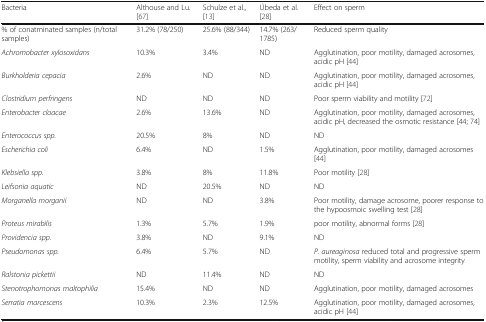
| Bacteria | Althouse and Lu. [67] | Schulze et al., [13] | Úbeda et al. [28] | Effect on sperm |
 | --- | --- | --- | --- | --- |
 | % of conatminated samples (n/total samples) | 31.2% (78/250) | 25.6% (88/344) | 14.7% (263/1785) | Reduced sperm quality |
 | Achromobacter xylosoxidans | 10.3% | 3.4% | ND | Agglutination, poor motility, damaged acrosomes, acidic pH [44] |
 | Burkholderia cepacia | 2.6% | ND | ND | Agglutination, poor motility, damaged acrosomes, acidic pH [44] |
 | Clostridium perfringens | ND | ND | ND | Poor sperm viability and motility [72] |
 | Enterobacter cloacae | 2.6% | 13.6% | ND | Agglutination, poor motility, damaged acrosomes, acidic pH, decreased the osmotic resistance [44; 74] |
 | Enterococcus spp. | 20.5% | 8% | ND | ND |
 | Escherichia coli | 6.4% | ND | 1.5% | Agglutination, poor motility, damaged acrosomes [44] |
 | Klebsiella spp. | 3.8% | 8% | 11.8% | Poor motility [28] |
 | Leifsonia aquatic | ND | 20.5% | ND | ND |
 | Morganella morganii | ND | ND | 3.8% | Poor motility, damage acrosome, poorer response to the hypoosmoic swelling test [28] |
 | Proteus mirabilis | 1.3% | 5.7% | 1.9% | poor motility, abnormal forms [28] |
 | Providencia spp. | 3.8% | ND | 9.1% | ND |
 | Pseudomonas spp. | 6.4% | 5.7% | ND | P. aureaginosa reduced total and progressive sperm motility, sperm viability and acrosome integrity |
 | Ralstonia pickettii | ND | 11.4% | ND | ND |
 | Stenotrophomonas maltophilia | 15.4% | ND | ND | Agglutination, poor motility, damaged acrosomes |
 | Serratia marcescens | 10.3% | 2.3% | 12.5% | Agglutination, poor motility, damaged acrosomes, acidic pH [44] |